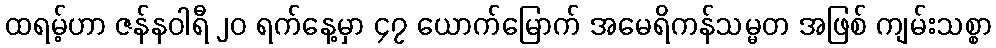
ထရမ့်ဟာ ဇန်နဝါရီ ၂၀ ရက်နေ့မှာ ၄၇ ယောက်မြောက် အမေရိကန်သမ္မတ အဖြစ် ကျမ်းသစ္စာ